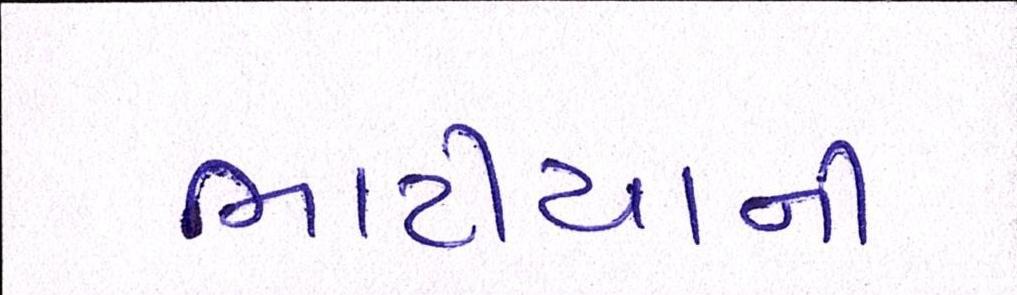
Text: ભાટીયાની